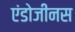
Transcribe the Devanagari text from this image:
एंडोजीनस